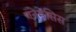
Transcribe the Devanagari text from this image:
एनेमेसिस